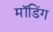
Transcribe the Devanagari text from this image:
मॉडिंग